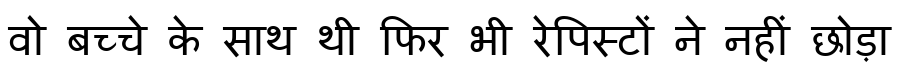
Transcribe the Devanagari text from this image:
वो बच्चे के साथ थी फिर भी रेपिस्टों ने नहीं छोड़ा